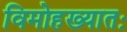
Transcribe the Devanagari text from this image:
विमोहख्यातः